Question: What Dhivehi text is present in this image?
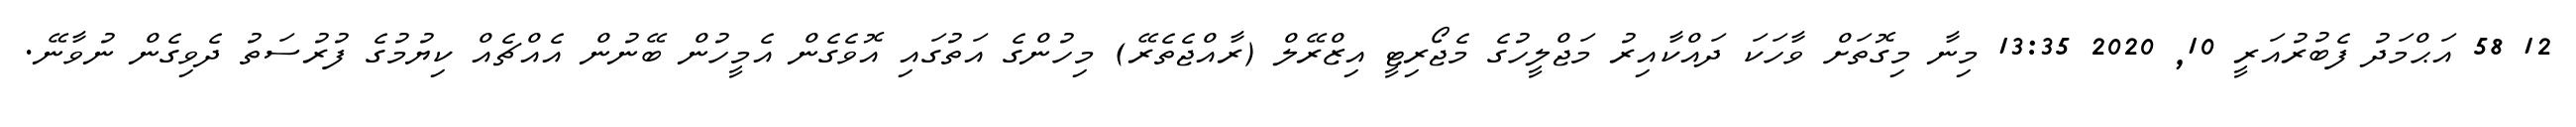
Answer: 12 58 އަޙްމަދު ފެބުރުއަރީ 10, 2020 13:35 މިނާ މިގޮތަށް ވާހަކަ ދައްކާއިރު މަޖްލީހުގެ މެޖޯރިޓީ އިޒްރޭލް (ރާއްޖެތެރޭ) މިހުންގެ އަތުގައި އޮވެގެން އެމީހުން ބޭނުން އެއްޗެއް ކިޔުމުގެ ފުރުސަތު ދެވިގެން ނުވާނޭ.